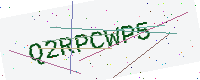
Text: Q2RPCWP5